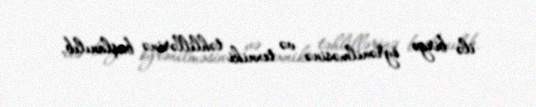
ilə birgə öyrənilməsinə və texniki təhlillərinə başlanılıb.